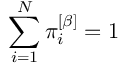
\sum _ { i = 1 } ^ { N } \pi _ { i } ^ { \left[ \beta \right] } = 1